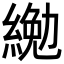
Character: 𦂔